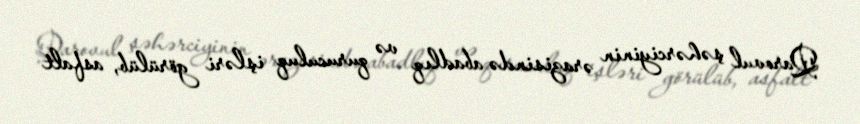
Qarovul şəhərciyinin ərazisində abadlıq və quruculuq işləri görülüb, asfalt